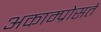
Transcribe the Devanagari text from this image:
अकाम्प्रोसते